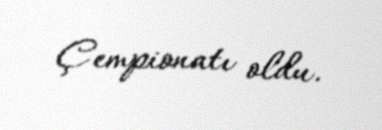
Çempionatı oldu.